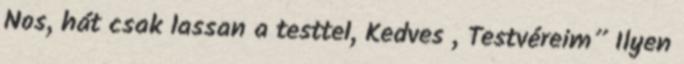
Nos, hát csak lassan a testtel, Kedves „Testvéreim” Ilyen